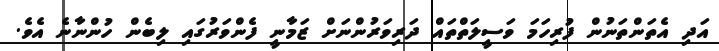
އަދި އެތަންތަނުން ފުރިހަމަ ވަސީލަތްތައް ދަރިވަރުންނަށް ޒަމާނީ ފެންވަރުގައި ލިބެން ހުންނާނެ އެވެ.